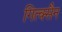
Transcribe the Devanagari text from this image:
गित्क्सैन